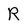
Character: R